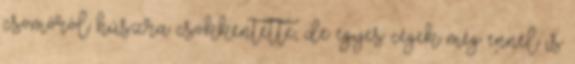
csomóról húszra csökkentette, de egyes cégek még ennél is